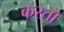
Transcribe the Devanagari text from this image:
करतॊ